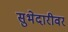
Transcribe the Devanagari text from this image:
सुभेदारीवर